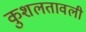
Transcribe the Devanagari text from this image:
कुशलतावली